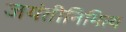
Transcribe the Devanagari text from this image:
जयंतीनिमित्य